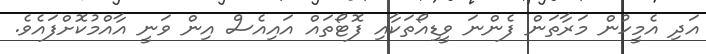
އަދި އެމީހުން މަރާތަން ފެންނަ ވީޑިއޯތަކާއި ފޮޓޯތައް އައިއެސް އިން ވަނީ އާއްމުކޮށްފައެވެ.